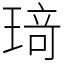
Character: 𤦺